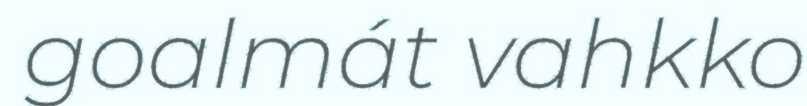
goalmát vahkko